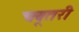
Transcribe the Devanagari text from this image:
चबूतरी